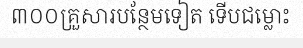
៣០០គ្រួសារបន្ថែមទៀត ទើបជម្លោះ